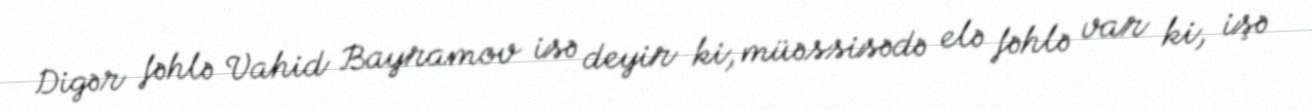
Digər fəhlə Vahid Bayramov isə deyir ki, müəssisədə elə fəhlə var ki, işə